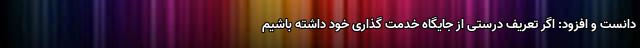
دانست و افزود: اگر تعریف درستی از جایگاه خدمت گذاری خود داشته باشیم